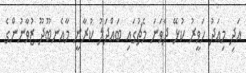
އަދި މިއަދު ހަވީރު ކުޅޭ ދެވަނަ މެޗުގައި ބައްދަލު ކުރާނީ މާއެނބޫދޫ ޒުވާނުންގެ